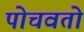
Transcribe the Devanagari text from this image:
पोचवतो